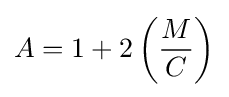
A=1+2\left({\frac {M}{C}}\right)